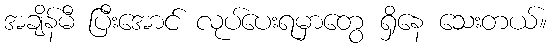
အချိန်မီ ပြီးအောင် လုပ်ပေးရမှာတွေ ရှိနေ သေးတယ်။